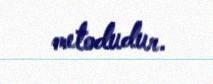
metodudur.